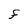
Character: F